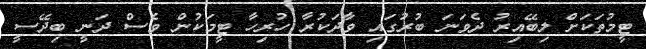
ޓީމުތަކަށް ލިބޭއިރު ދެވަނަ ބުރުގައި ވާދަކުރާ ހުރިހާ ޓީމަކުން ވެސް ދަނީ ބިދޭސީ